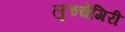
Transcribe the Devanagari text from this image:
लुच्चेगिरी